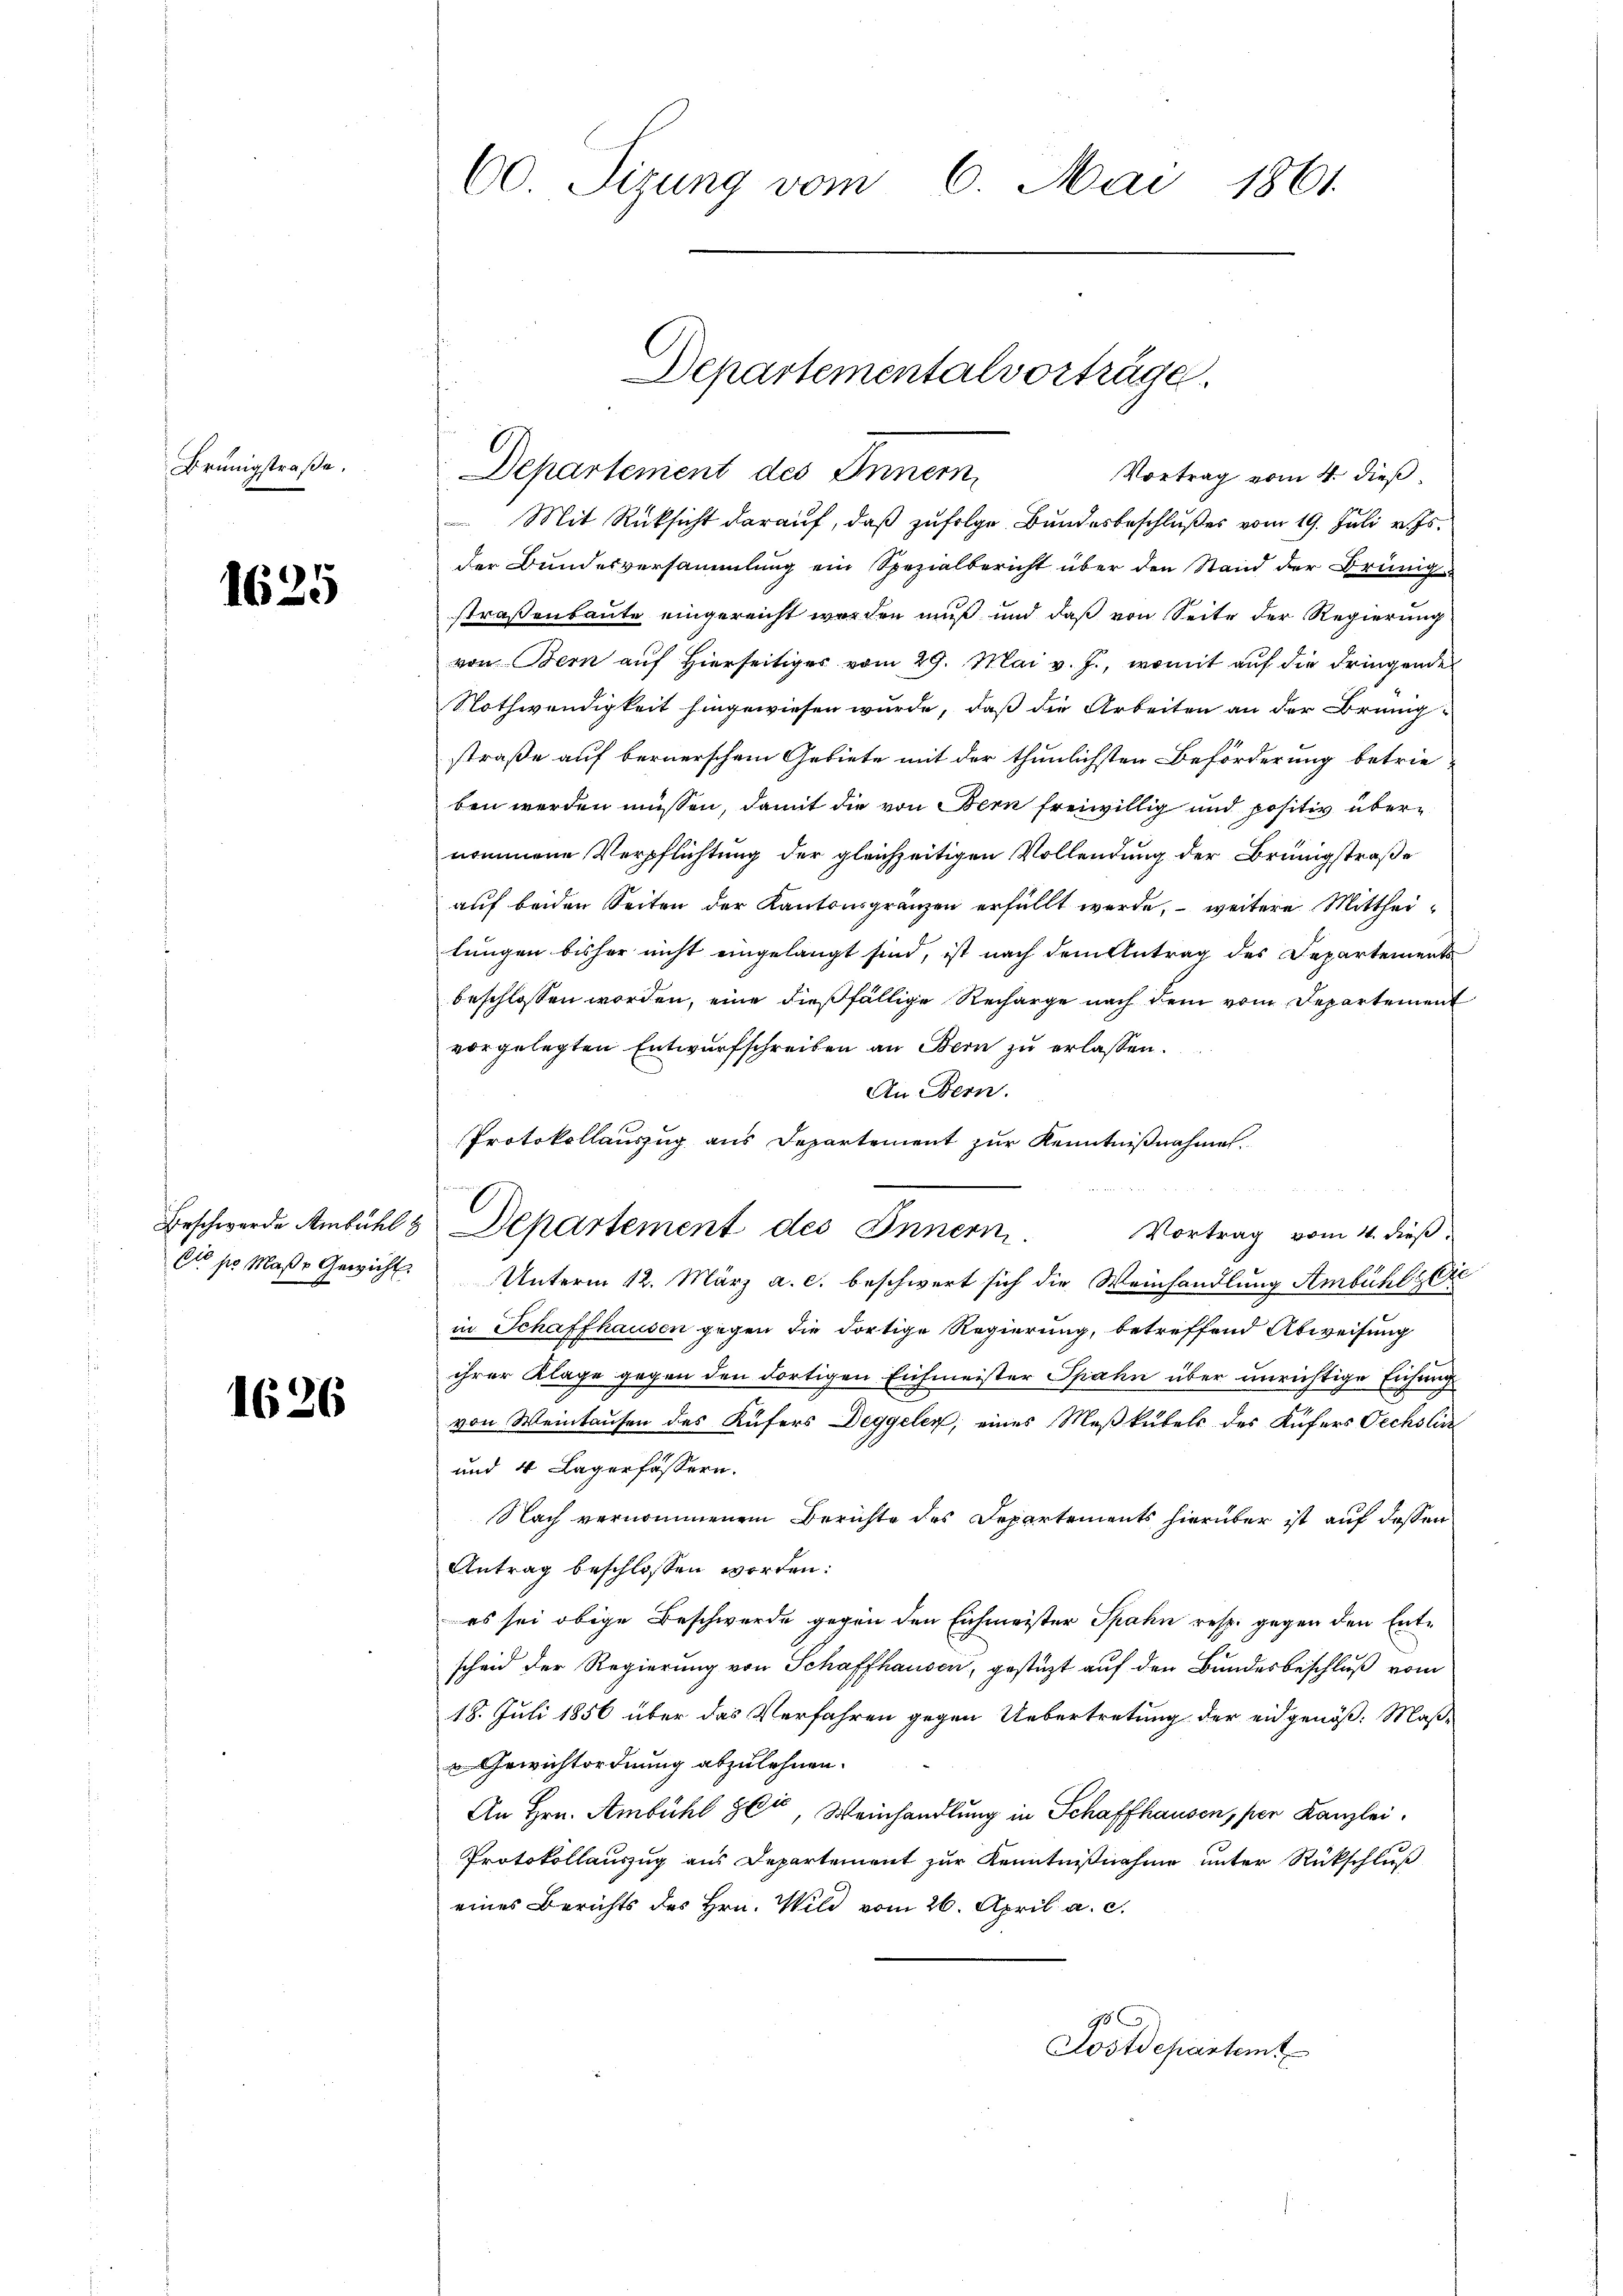
Brünigstraße.

1625

Cts pr Maße Gewicht.

1626

60. Sizung vom 6. Mai 1861.

Mit Rücksicht darauf, daß zufolge Bundesbeschlußes vom 19. Juli v. Js.
der Bundesversammlung ein Spezialbericht über den Stand der Brünigstraßenbaute eingereicht werden muß und daß von Seite der Regierung
von Bern auf Hierseitiges vom 29. Mai v. J., womit auf die dringende
Nothwendigkeit hingewiesen wurde, daß die Arbeiten an der Brüng-
straße auf bernerschem Gebiete mit der thunlichsten Beförderung betrie
ben werden müssen, damit die von Bern freiwillig und positiv übernommene Verpflichtung der gleichzeitigen Vollendung der Brüngstraße
auf beiden Seiten der Kantonsgränzen erfüllt werde, – weitere Mittheilungen bisher nicht eingelangt sind, ist nach dem Antrag des Departements
beschlossen worden, eine dießfällige Recharge nach dem vom Departement
vorgelegten Entwurfschreiben an Bern zu erlassen.
An Bern.
Protokollauszug aus Departement zur Kenntnißnahmen.

Beschwerde Ambühls Departement des Innern.
Vortrag vom 4. dieß
Unterm 12. März a. c. beschwert sich die Weinhandlung Ambühl, Eie
in Schaffhausen gegen die dortige Regierung, betreffend Abweisung
ihrer Klage gegen den dortigen Eifmeister Spahn über unrichtige Eichung
von Weintausen des Küfers Deggeler, eines Meßkübels des Küfers Oechslin
und 4 Lagerfassern.
Nach vernommenen Berichte des Departements hierüber ist auf dessen
Antrag beschlossen worden:
es sei obige Beschwerde gegen den Eichmeister Spahn resp. gegen den Entscheid der Regierung von Schaffhausen, gestüzt auf den Bundesbeschluß vom
18. Juli 1856 über das Verfahren gegen Uebertretung der eidgenöß¬ Maß¬
Gewichtordnung abzulehnen.
An Hrn. Ambühl 861, Weinhandlung in Schaffhausen, per Kanzlei.
Protokollauszug aus Departement zur Kenntnißnahme unter Rückschluß
eines Berichts des Hrn. Wild vom 26. April a. c.
Postdepartemt

Departementalvorträge.
Departement des Innern,
Vortrag vom 4. dieß.